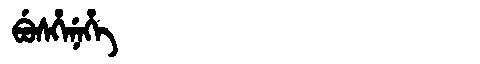
Manchu: ᠪᡠᠰᡥᡝᠨᡝᡥᡝ
Romanization: BUSHENEHE